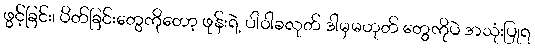
ဖွင့်ခြင်း၊ ပိတ်ခြင်းတွေကိုတော့ ဖုန်းရဲ့ ပါဝါခလုတ် ဒါမှမဟုတ် တွေကိုပဲ အသုံးပြုရ